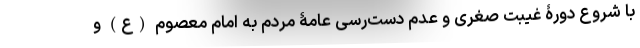
با شروع دورۀ غیبت صغری و عدم دست‌رسی عامۀ مردم به امام معصوم (ع) و